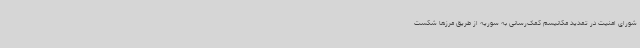
شورای امنیت در تمدید مکانیسم کمک‌رسانی به سوریه از طریق مرزها شکست